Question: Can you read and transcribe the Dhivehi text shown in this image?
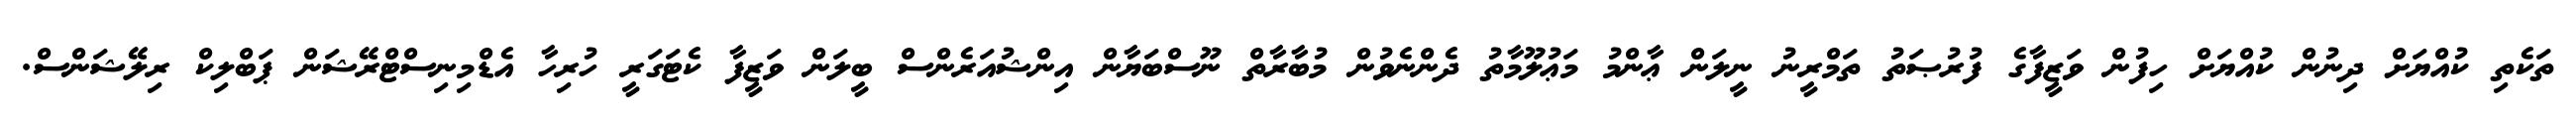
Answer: ތަކެތި ކުއްޔަށް ދިނުން ކުއްޔަށް ހިފުން ވަޒީފާގެ ފުރުޞަތު ތަމްރީނު ނީލަން ޢާންމު މަޢުލޫމާތު ދެންނެވުން މުބާރާތް ނޫސްބަޔާން އިންޝުއަރެންސް ބީލަން ވަޒީފާ ކެޓަގަރީ ހުރިހާ އެޑްމިނިސްޓްރޭޝަން ޕަބްލިކް ރިލޭޝަންސް.